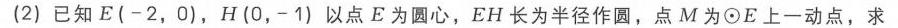
(2) 已知$E(-2,0)$，$H(0,-1)$以点$E$为圆心，$EH$长为半径作圆，点$M$为$\odot E$上一动点，求